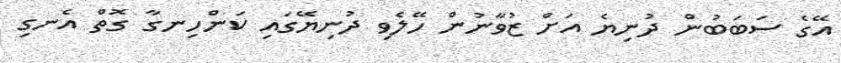
އޭގެ ސަބަބުން ދުނިޔެ އަށް ޒުވާނުން ހޭލެވި ދުނިޔޭގައި ކަންހިނގާ ގޮތް އެނގި